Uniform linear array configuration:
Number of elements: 16
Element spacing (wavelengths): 0.25
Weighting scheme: exponential
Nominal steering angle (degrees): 45
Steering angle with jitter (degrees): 44.515
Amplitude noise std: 0.05
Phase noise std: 0.05

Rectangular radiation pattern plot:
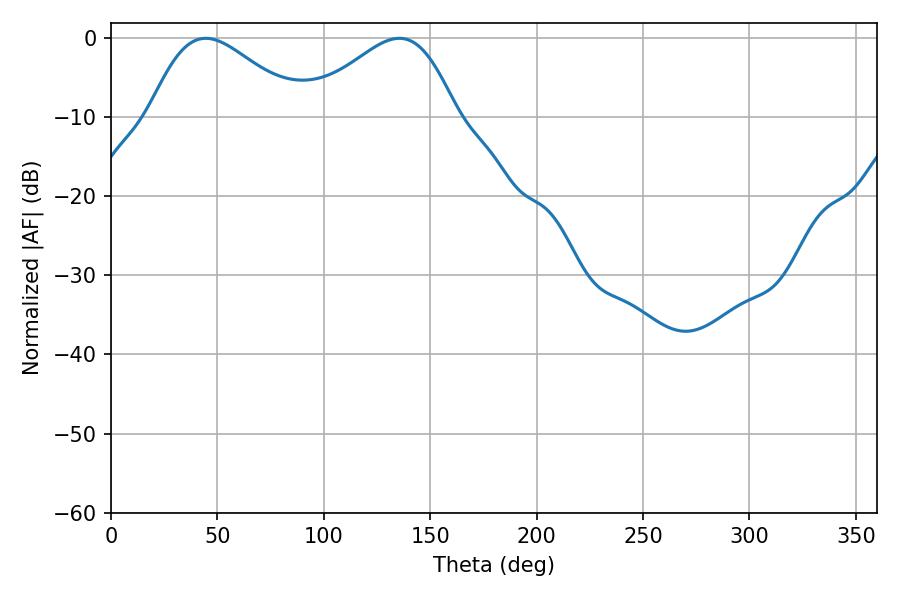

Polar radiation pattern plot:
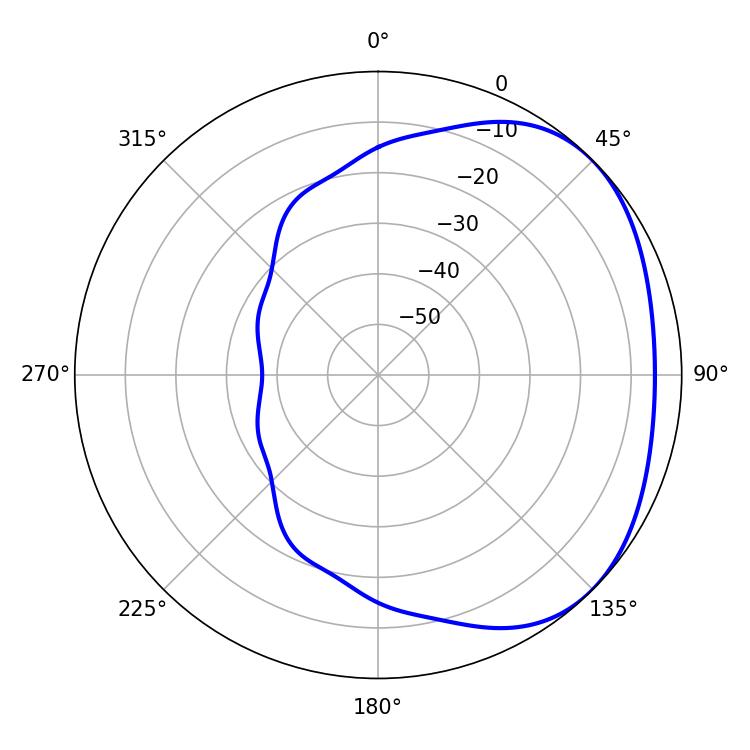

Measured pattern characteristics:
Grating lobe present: FALSE
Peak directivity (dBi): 2.632
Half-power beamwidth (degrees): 37.44
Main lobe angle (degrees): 44.46